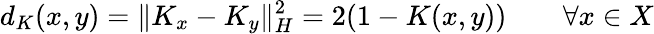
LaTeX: d_{K}(x,y)=\| K_{x}-K_{y}\| _{H}^{2}=2(1-K(x,y))\qquad\forall x\in X